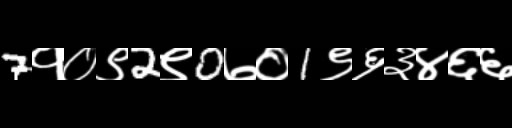
Text: 7१०९2९0७०1९६३४६६